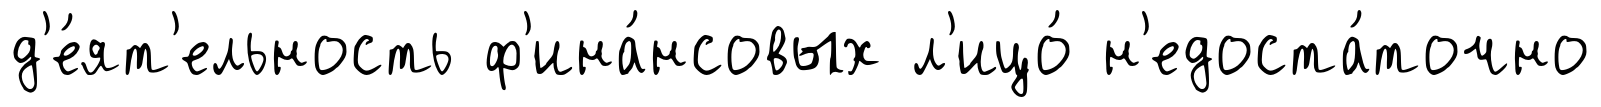
д'е́ят'ельность ф'ина́нсовых л'ицо́ н'едоста́точно